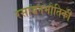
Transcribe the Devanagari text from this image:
रसायनभौतिकी